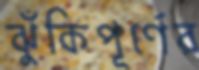
ঝুঁকিপূর্ণের